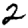
Digit: 2